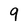
Character: 9